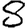
Digit: 8